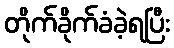
တိုက်ခိုက်ခံခဲ့ရပြီး